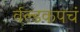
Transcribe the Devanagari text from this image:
र्वल्डकपचं